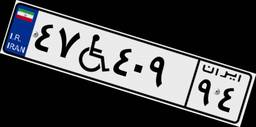
۴۷W۴۰۹۹۴